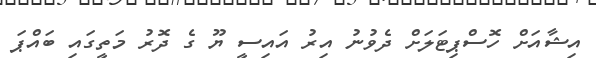
އިޝާއަށް ހޮސްޕިޓަލަށް ދެވުނު އިރު އައިސީ ޔޫ ގެ ދޮރު މަތީގައި ބައްޕަ